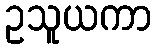
ဥသူယကာ